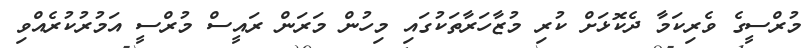
މުރްސީގެ ވެރިކަމާ ދެކޮޅަށް ކުރި މުޒާހަރާތަކުގައި މިހުން މަރަން ރައީސް މުރްސީ އަމުރުކުރެއްވި